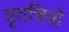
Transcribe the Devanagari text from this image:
वृतचित्रो